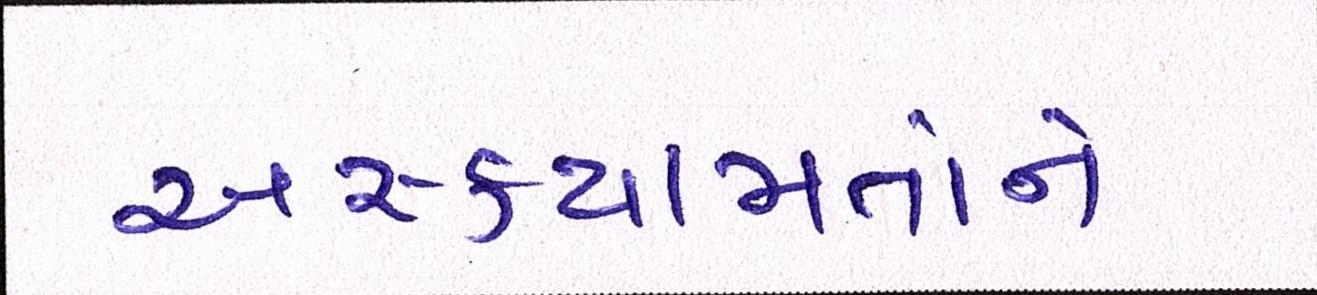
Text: અસ્કયામતોને